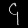
Digit: ၄